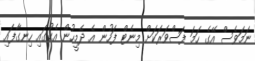
ނަމަވެސް އޭގެ ހަމަ ފަސްވަރަކަށް މިނެޓް ފަހުން އެ ދެމީހުން އެކުގައި ހިނގާފައި